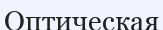
Оптическая